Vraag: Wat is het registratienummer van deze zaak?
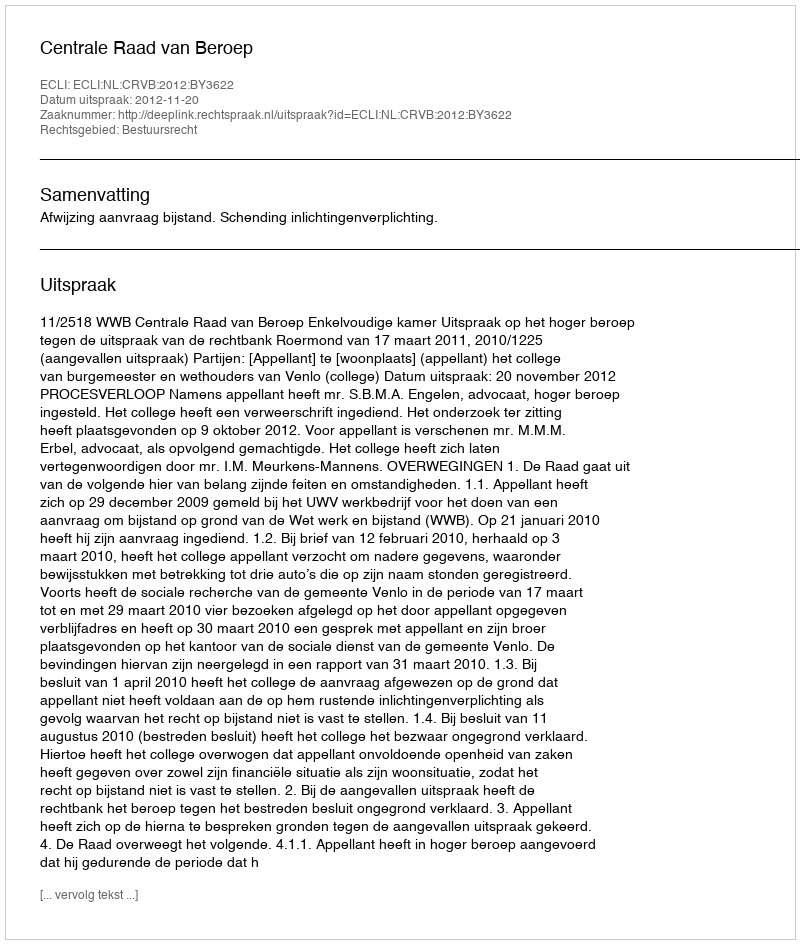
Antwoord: http://deeplink.rechtspraak.nl/uitspraak?id=ECLI:NL:CRVB:2012:BY3622